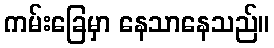
ကမ်းခြေမှာ နေသာနေသည်။